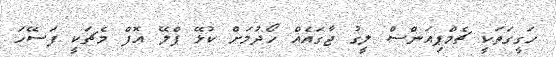
ހަގީގަތަކީ ޗެމްޕިއަންސް ލީގު ޖާގައެއް ހޯދުމަށް ކުޅޭ ޕްލޭ އޮފް މެޗަކީ ފަސޭހަ